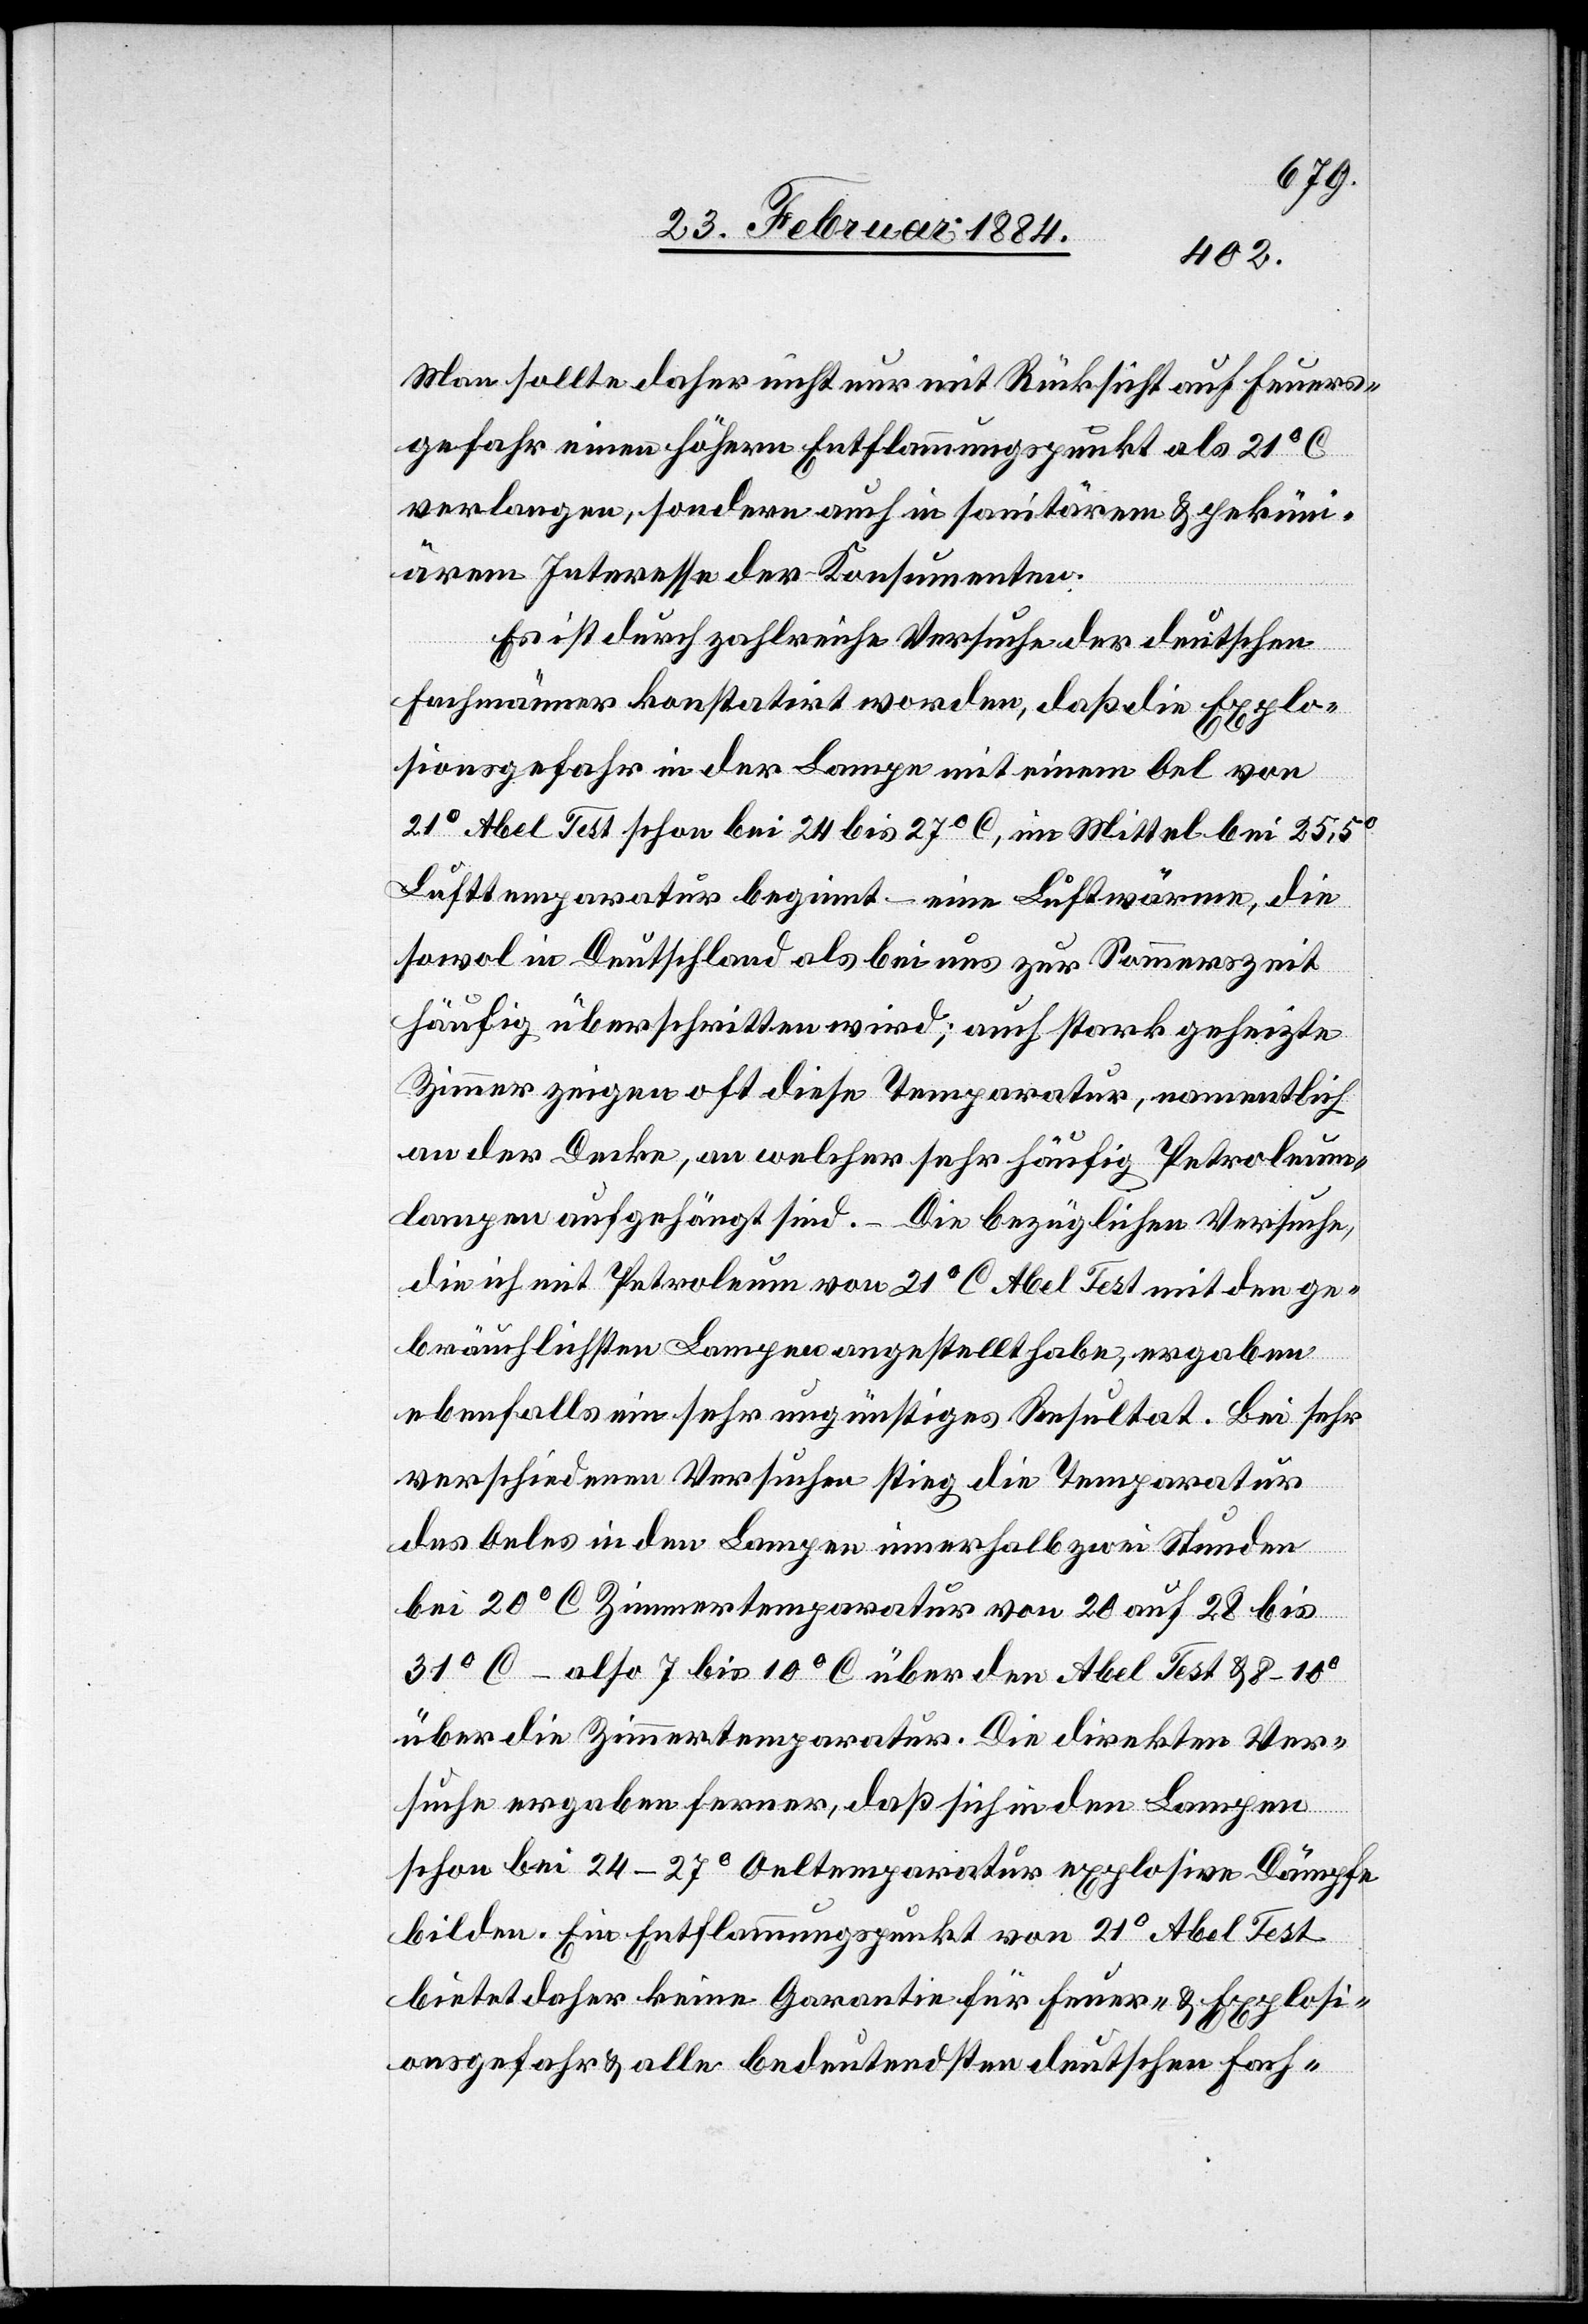
Man sollte daher nicht nur mit Rücksicht auf Feuer¬
gefahr einen höhern Entflammungspunkt als 21° C
verlangen, sondern auch in sanitärem & pekun¬
iärem Interesse der Konsumenten.
Es ist durch zahlreiche Versuche der deutschen
Fachmänner konstatirt worden, daß die Explo¬
sionsgefahr in der Lampe mit einem Oel von
21° Abel Test schon bei 24 bis 27° C, im Mittel bei 25,5°
Lufttemperatur beginnt – eine Luftwärme, die
sowol in Deutschland als bei uns zur Sommerzeit
häufig überschritten wird; auch stark geheizte
Zimmer zeigen oft diese Temperatur, namentlich
an der Decke, an welcher sehr häufig Petroleum¬
lampen angehängt sind. – Die bezüglichen Versuche,
die ich mit Petroleum von 21° C Abel Test mit den ge¬
bräuchlichsten Lampen angestellt habe, ergaben
ebenfalls ein sehr ungünstiges Resultat. Bei sehr
verschiedenen Versuchen stieg die Temperatur
des Oeles in den Lampen innerhalb zwei Stunden
bei 20° C Zimmertemperatur von 20 auf 28 bis
31° C – also 7 bis 10° C über den Abel Test & 8–10°
über die Zimmertemperatur. Die direkten Ver¬
suche ergaben ferner, daß sich in den Lampen
schon bei 24–27° Oeltemperatur explosive Dämpfe
bilden. Ein Entflammungspunkt von 21° Abel Test
biete daher keine Garantie für Feuer- & Explosi¬
onsgefahr & alle bedeutendsten deutschen Fach-